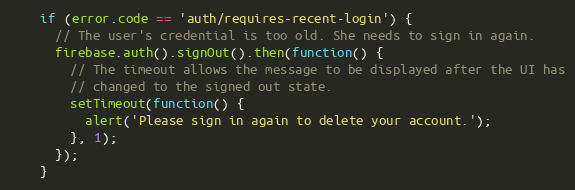
Language: JavaScript
    if (error.code == 'auth/requires-recent-login') {
      // The user's credential is too old. She needs to sign in again.
      firebase.auth().signOut().then(function() {
        // The timeout allows the message to be displayed after the UI has
        // changed to the signed out state.
        setTimeout(function() {
          alert('Please sign in again to delete your account.');
        }, 1);
      });
    }